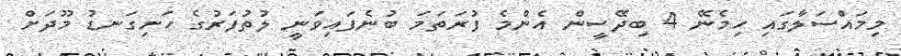
މިމައްސަލާގައި ހިމެނޭ 4 ބިދޭސީން އެންމެ ފުރަތަމަ ބުނެފައިވަނީ ލުތުފަރުގެ ހަށިގަނޑު މޫދަށް